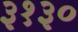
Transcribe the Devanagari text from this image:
३१३०